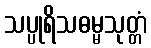
သပ္ပုရိသဓမ္မသုတ္တံ